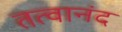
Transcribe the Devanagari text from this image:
तत्वानंद